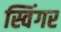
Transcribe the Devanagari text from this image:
स्विंगर